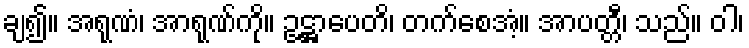
ချ၍။ အရုဏံ၊ အာရုဏ်ကို။ ဥဋ္ဌာပေတိ၊ တက်စေအံ့။ အာပတ္တီ၊ သည်။ ဝါ၊